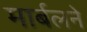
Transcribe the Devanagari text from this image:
मार्बलने